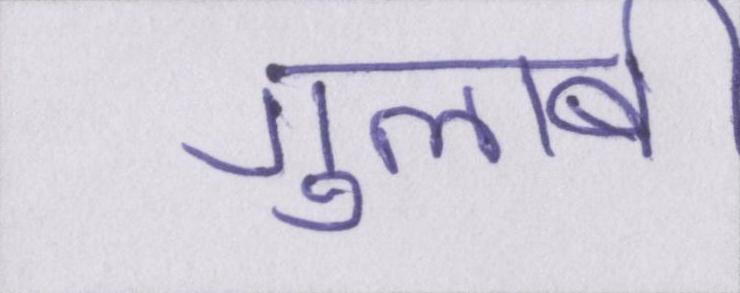
गुलाबी